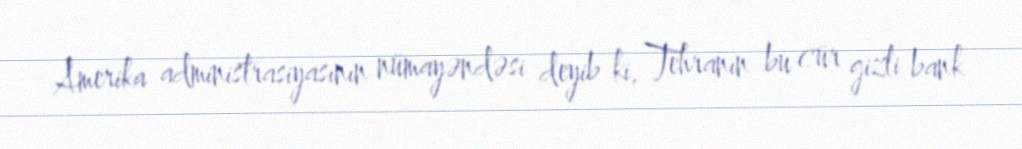
Amerika administrasiyasının nümayəndəsi deyib ki, Tehranın bu cür gizli bank